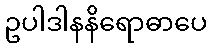
ဥပါဒါနနိရောဓာပေ